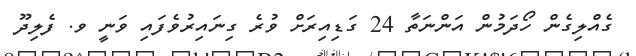
ގެއްލިގެން ހޯދަމުން އަންނަތާ 24 ގަޑިއިރަށް ވުރެ ގިނައިރުވެފައި ވަނީ ވ. ފެލިދޫ